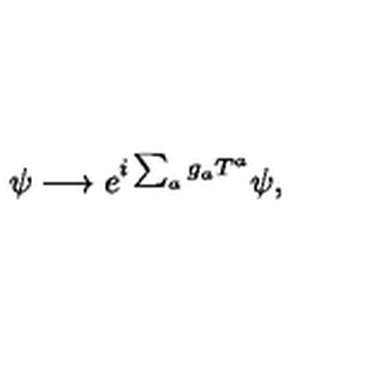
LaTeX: \psi \longrightarrow e ^ { i \sum _ { a } g _ { a } T ^ { a } } \psi ,